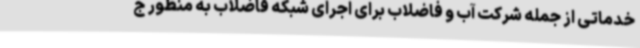
خدماتی از جمله شرکت آب و فاضلاب برای اجرای شبکه فاضلاب به منظور ج